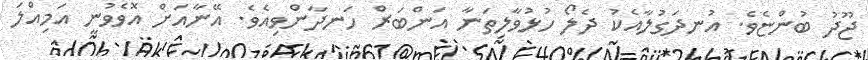
ޖޫދު ބުންޏެވެ. އުނދަގުލާއެކު ދެލޯ ހުޅުވާލިތަނާ އަންބަރް ހަނދާންވިއެވެ. އޭނާއަށް އޮވެވުނީ އަމިއްލަ